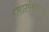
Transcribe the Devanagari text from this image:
ग्लासोग्राफया